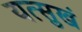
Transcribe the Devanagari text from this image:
यत्सुखं